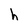
Character: h